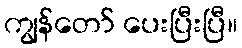
ကျွန်တော် ပေးပြီးပြီ။